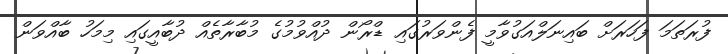
ފުރަތަމަ ފަހަރަށް ބައިނަލްއަގުވާމީ ފެންވަރުގައި ޑްރޯން ދުއްވުމުގެ މުބާރާތެއް ދުބާއީގައި މިމަހު ބާއްވަން